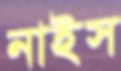
নাইস